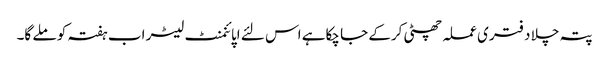
پتہ چلا دفتری عملہ چھٹی کرکے جا چکاہے اس لئے اپائنمنٹ لیٹر اب ہفتہ کو ملے گا۔